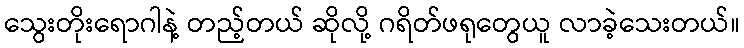
သွေးတိုးရောဂါနဲ့ တည့်တယ် ဆိုလို့ ဂရိတ်ဖရုတွေယူ လာခဲ့သေးတယ်။